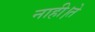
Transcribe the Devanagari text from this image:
नाही।ते